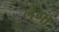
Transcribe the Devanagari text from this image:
लेंगा